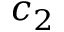
c _ { 2 }